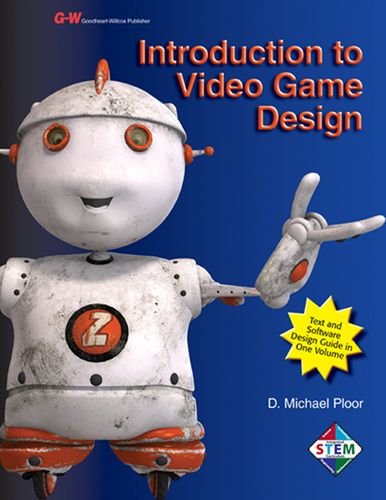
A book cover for Introduction to Video Game Design; D. Michael Ploor; Computers & Technology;